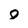
Character: 0